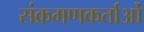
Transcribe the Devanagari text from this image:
संक्रमणकर्ताओं